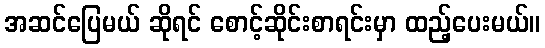
အဆင်ပြေမယ် ဆိုရင် စောင့်ဆိုင်းစာရင်းမှာ ထည့်ပေးမယ်။